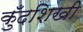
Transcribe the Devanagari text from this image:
कुँदशिखी